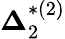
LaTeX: {\boldsymbol{\Delta}}_{2}^{*(2)}